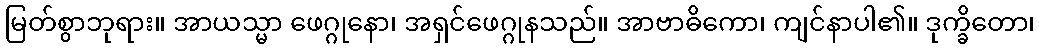
မြတ်စွာဘုရား။ အာယသ္မာ ဖေဂ္ဂုနော၊ အရှင်ဖေဂ္ဂုနသည်။ အာဗာဓိကော၊ ကျင်နာပါ၏။ ဒုက္ခိတော၊